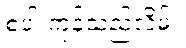
စပါးကုန်သည်လိမ်။